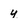
Character: y